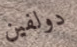
دولفين